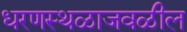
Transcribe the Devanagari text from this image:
धरणस्थळाजवळील